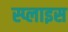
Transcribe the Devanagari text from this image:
स्प्लाइस